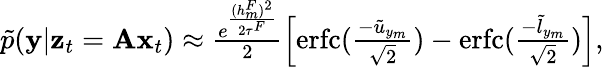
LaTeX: \begin{array}{r}{\tilde{p}({\mathbf{y}}|{\mathbf{z}}_{t}={\mathbf{A}}{\mathbf{x}}_{t})\approx\frac{e^{\frac{(h_{m}^{F})^{2}}{2\tau^{F}}}}{2}\Big[\mathrm{erfc}(\frac{-\tilde{u}_{y_{m}}}{\sqrt{2}})-\mathrm{erfc}(\frac{-\tilde{l}_{y_{m}}}{\sqrt{2}})\Big],}\end{array}